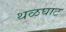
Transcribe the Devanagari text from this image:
थळघाट